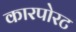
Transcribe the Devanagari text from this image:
कारपोरट